Sketch of the medical history of the native army of Bombay, for the year
Year: 1872
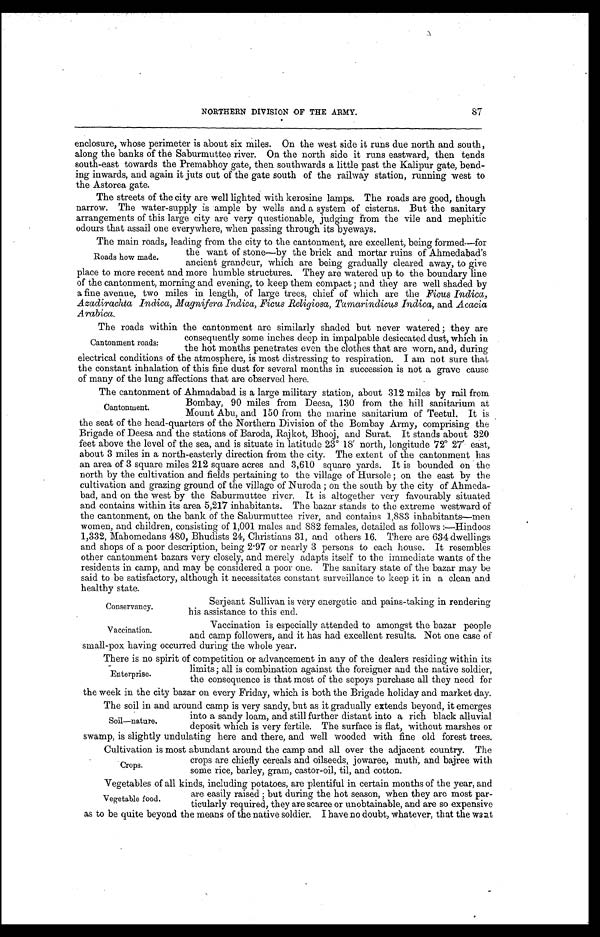
NORTHERN DIVISION OF THE ARMY.
87
enclosure, whose perimeter is about six miles. On the west side it runs due north and south,
along the banks of the Saburmuttee river. On the north side it runs eastward, then tends
south-east towards the Premabhoy gate, then southwards a little past the Kalipur gate, bend--
ing inwards, and again it juts out of the gate south of the railway station, running west to
the Astorea gate.
The streets of the city are well lighted with kerosine lamps. The roads are good, though
narrow. The water-supply is ample by wells and a system of cisterns. But the sanitary
arrangements of this large city are very questionable, judging from the vile and mephitic
odours that assail one everywhere, when passing through its byeways.
The main roads, leading from the city to the cantonment, are excellent, being formed-for
the want of stone—by the brick and mortar ruins of Ahmedabad's
Roads how made.
ancient grandeur, which are being gradually cleared away, to give
place to more recent and more humble structures. They are watered up to the boundary line
of the cantonment, morning and evening, to keep them compact ; and they are well shaded by
a fine avenue, two miles in length, of large trees, chief of which are the Ficus Indica,
Azadirachta Indica, Magnifera Indica, Ficus Religiosa, Tamarindicus Indica, and Acacia
Arabica.
The roads within the cantonment are similarly shaded but never watered ; they are
consequently some inches deep in impalpable desiccated dust, which in
Cantonment roads:
the hot months penetrates even the clothes that are worn, and, during
electrical conditions of the atmosphere, is most distressing to respiration. I am not sure that
the constant inhalation of this fine dust for several months in succession is not a grave cause
of many of the lung affections that are observed here.
-
The cantonment of Ahmadabad is a large military station, about 312 miles by rail from
Bombay, 90 miles from Deesa, 130 from the hill sanitarium at
Cantonment.
Mount Abu, and 150 from the marine sanitarium of Teetul. It is
the seat of the head-quarters of the Northern Division of the Bombay Army, comprising the
Brigade of Deesa and the stations of Baroda, Rajkot, Bhooj, and Surat. It stands about 320
feet above the level of the sea, and is situate in latitude 23° 18' north, longitude 72° 27' east,
about 3 miles in a north-easterly direction from the city. The extent of the cantonment has
an area of 3 square miles 212 square acres and 3,610 square yards. It is bounded on the
north by the cultivation and fields pertaining to the village of Hursole ; on the east by the
cultivation and grazing ground of the village of Nuroda ; on the south by the city of Ahmeda-
bad, and on the west by the Saburmuttee river. It is altogether very favourably situated
and contains within its area 5,217 inhabitants. The bazar stands to the extreme westward of
the cantonment, on the bank of the Saburmuttee river, and contains 1,883 inhabitants—men
women, and children, consisting of 1,001 males and 882 females, detailed as follows :—Hindoos
1,332, Mahomedans 480, Bhudists 24, Christians 31, and others 16. There are 634 dwellings
and shops of a poor description, being 2.97 or nearly 3 persons to each house. It resembles
other cantonment bazars very closely, and merely adapts itself to the immediate wants of the
residents in camp, and may be considered a poor one. The sanitary state of the bazar may be
said to be satisfactory, although it necessitates constant surveillance to keep it in a clean and
healthy state.
Serjeant Sullivan is very energetic and pains-taking in rendering
Conservancy.
his assistance to this end.
Vaccination is especially attended to amongst the bazar people
Vaccination.
and camp followers, and it has had excellent results. Not one case of
small-pox having occurred during the whole year.
There is no spirit of competition or advancement in any of the dealers residing within its
limits ; all is combination against the foreigner and the native soldier,
Enterprise.
the consequence is that most of the sepoys purchase all they need for
the week in the city bazar on every Friday, which is both the Brigade holiday and market day.
The soil in and around camp is very sandy, but as it gradually extends beyond, it emerges
into a sandy loam, and still further distant into a rich black alluvial
Soil—nature.
deposit which is very fertile. The surface is flat, without marshes or
swamp, is slightly undulating here and there, and well wooded with fine old forest trees.
Cultivation is most abundant around the camp and all over the adjacent country. The
crops are chiefly cereals and oilseeds, jowaree, muth, and bajree with
Crops.
some rice, barley, gram, castor-oil, til, and cotton.
Vegetables of all kinds, including potatoes, are plentiful in certain months of the year, and
Vegetable food
are easily raised ; but during the hot season, when they are most par-ticularly
required, they are scarce or unobtainable, and are so expensive
as to be quite beyond the means of the native soldier. I have no doubt, whatever, that the want